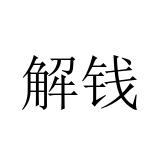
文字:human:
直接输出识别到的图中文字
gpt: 解钱